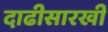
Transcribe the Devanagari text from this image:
दाढीसारखी